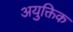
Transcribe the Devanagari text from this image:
अयुक्तिक